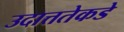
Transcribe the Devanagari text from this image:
उदात्ततेकडे